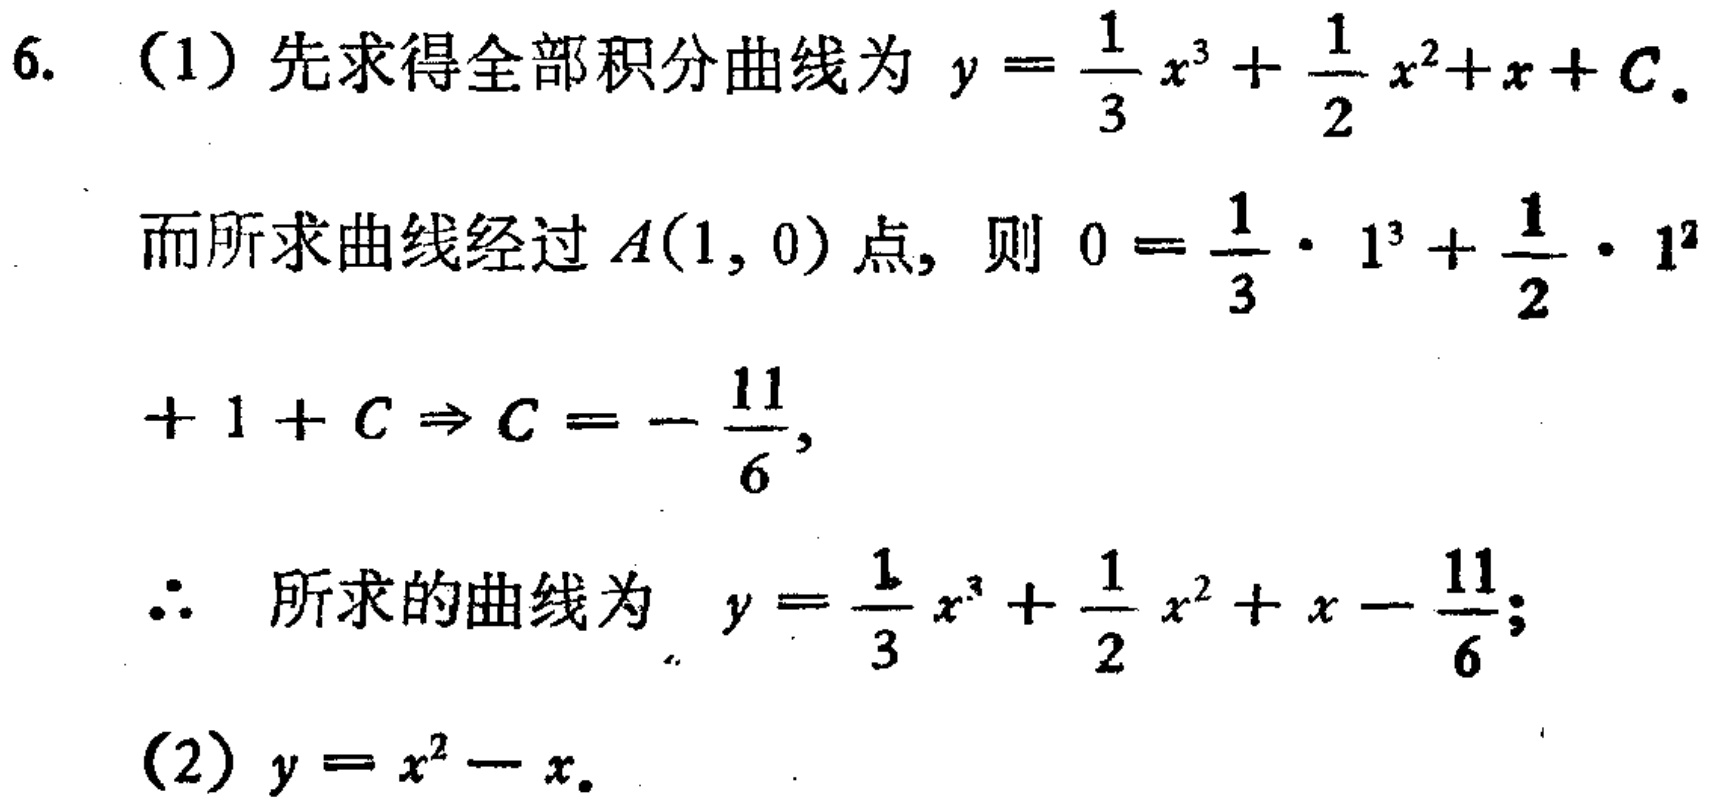
6. （1）先求得全部积分曲线为 \(y = \frac{1}{3}x^{3}+\frac{1}{2}x^{2}+x + C\).
而所求曲线经过 \(A(1,0)\) 点, 则 \(0=\frac{1}{3}\cdot1^{3}+\frac{1}{2}\cdot1^{2}+1 + C\Rightarrow C = -\frac{11}{6}\),
\(\therefore\) 所求的曲线为 \(y=\frac{1}{3}x^{3}+\frac{1}{2}x^{2}+x-\frac{11}{6}\);
（2）\(y = x^{2}-x\).